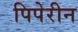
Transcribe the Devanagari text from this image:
पिपेरीन